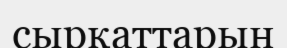
сырқаттарын